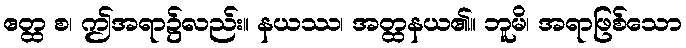
ဧတ္ထ စ၊ ဤအရာ၌လည်း။ နယဿ၊ အတ္ထနယ၏။ ဘူမိ၊ အရာဖြစ်သော